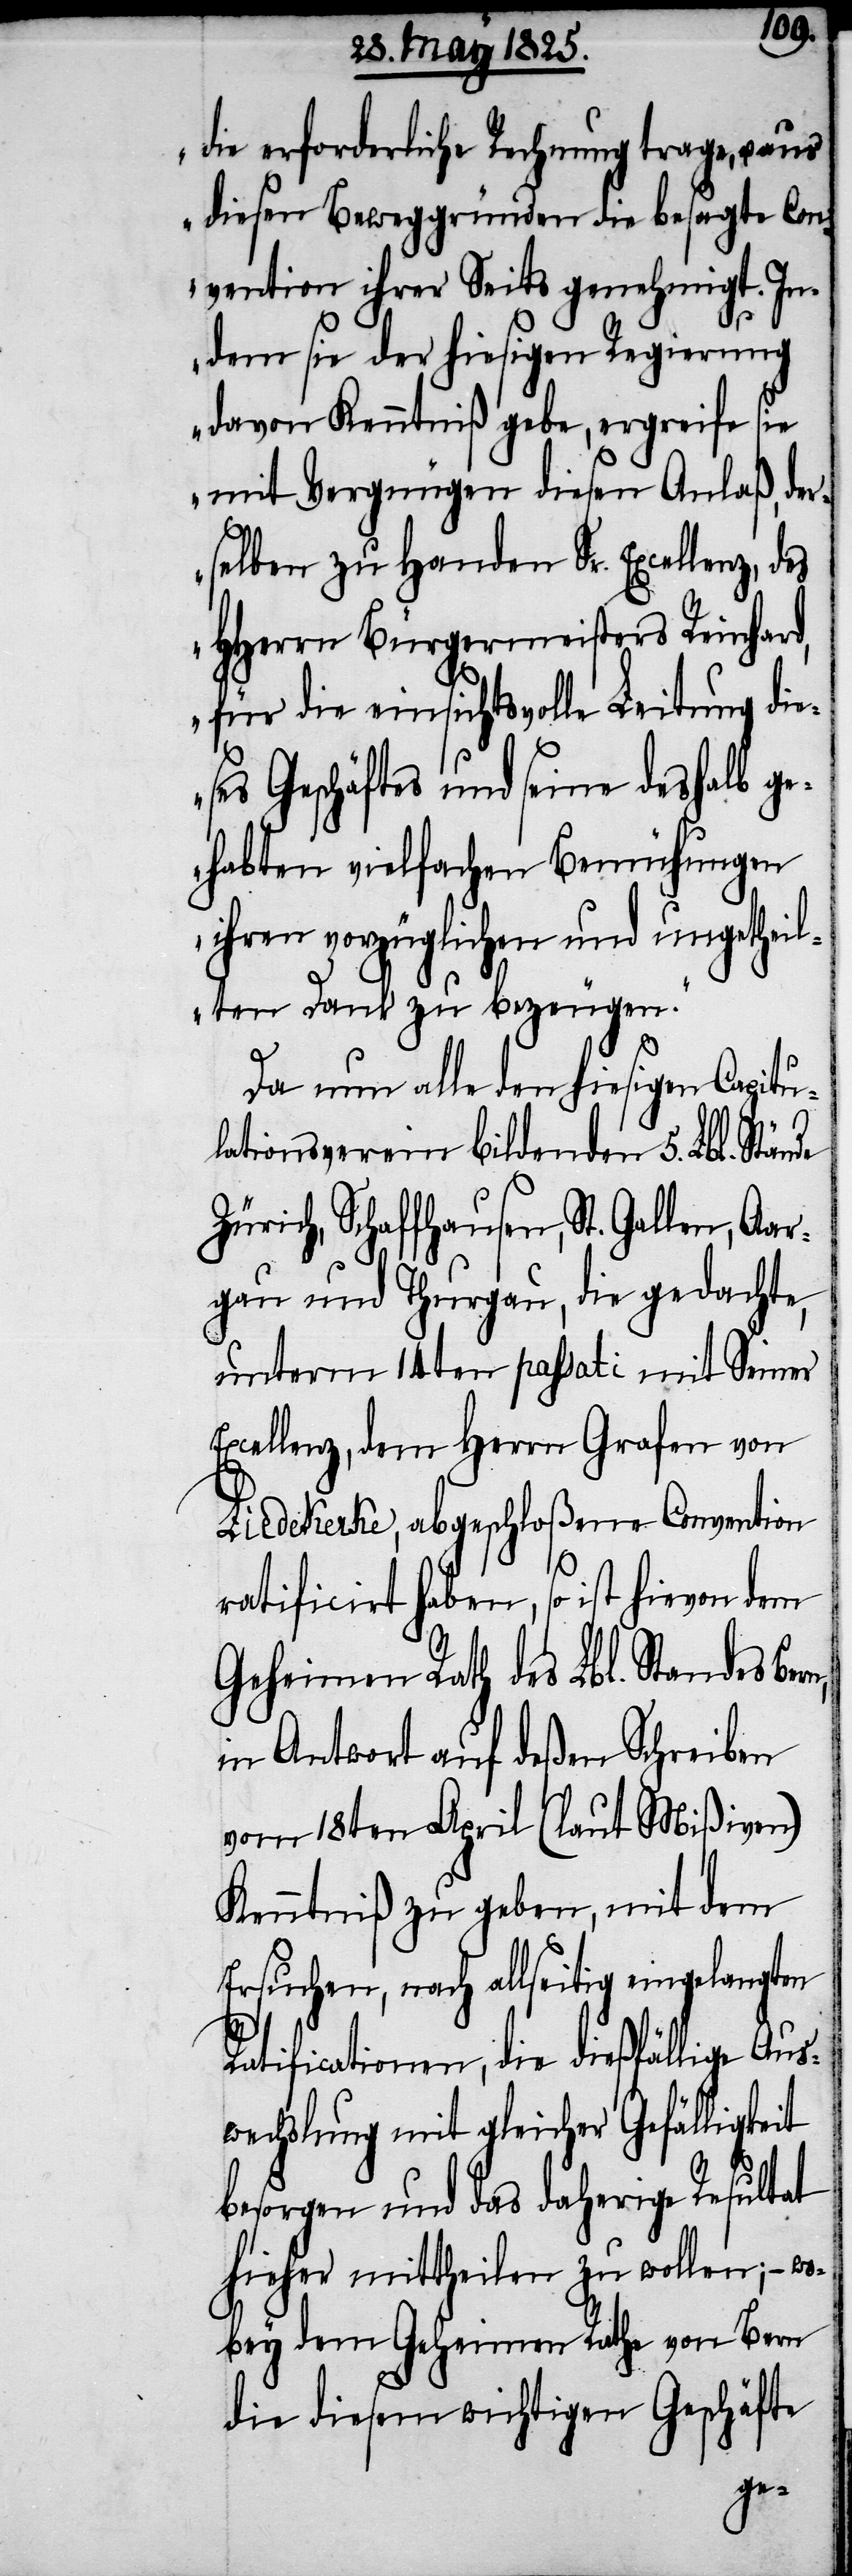
die erforderliche Rechnung trage, u.
diesen Beweggründen die besagte Con¬
vention ihrer Seite genehmigt. In¬
dem sie der hiesigen Regierung
davon Kenntniß gebe, ergreife sie
mit Vergnügen diesen Anlaß, der¬
selben zu Handen Sr. Excellenz, des
HHerrn Bürgermeisters Reinhard,
für die einsichtsvolle Leitung die¬
ses Geschäftes und seine deshalb ge¬
habten vielfachen Bemühungen
ihren vorzüglichen und unentgel¬
tlichen Dank zu bezeugen.“
Da nun alle den hiesigen Capitu¬
lationsverein bildenden 5. Lbl. Stände
Zürich, Schaffhausen, St. Gallen, Aa¬
rgau und Thurgau, die gedachte,
unterm 14ten passati mit Seiner
Excellenz, dem Herrn Grafen von
Liedekerke, abgeschloßene Convention
ratificirt haben, so ist hievon dem
Geheimen Rath des Lbl. Standes Bern,
in Antwort auf deßen Schreiben
vom 18ten April (laut Mißiven)
Kenntniß zu geben, mit dem
Ersuchen, nach allseitig eingelangten
Ratificationen, die dießfällige Aus¬
wechslung mit gleicher Gefälligkeit
besorgen und das daherige Resultat
hieher mittheilen zu wollen; – wo¬
bey dem Geheimen Rathe von Bern
die diesem wichtigen Geschäfte